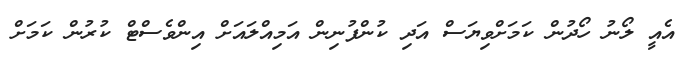
އެއީ ލޯނު ހޯދުން ކަމަށްވިޔަސް އަދި ކުންފުނިން އަމިއްލައަށް އިންވެސްޓް ކުރުން ކަމަށް